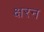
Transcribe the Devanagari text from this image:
क्षरन